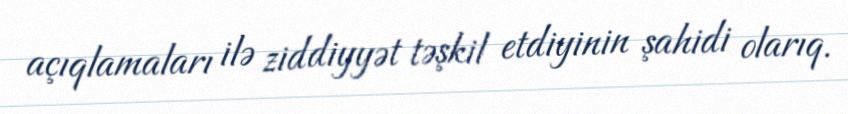
açıqlamaları ilə ziddiyyət təşkil etdiyinin şahidi olarıq.